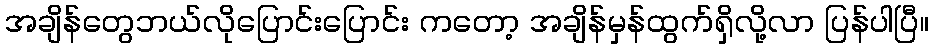
အချိန်တွေဘယ်လိုပြောင်းပြောင်း ကတော့ အချိန်မှန်ထွက်ရှိလို့လာ ပြန်ပါပြီ။